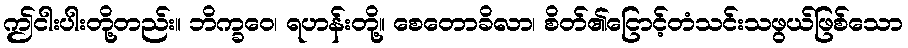
ဤငါးပါးတို့တည်း။ ဘိက္ခဝေ၊ ရဟန်းတို့။ စေတောခိလာ၊ စိတ်၏ငြောင့်တံသင်းသဖွယ်ဖြစ်သော